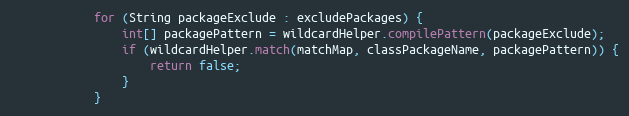
Language: Java
			for (String packageExclude : excludePackages) {
				int[] packagePattern = wildcardHelper.compilePattern(packageExclude);
				if (wildcardHelper.match(matchMap, classPackageName, packagePattern)) {
					return false;
				}
			}